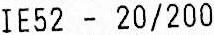
IE52 - 20/200